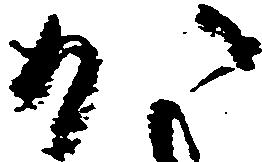
か